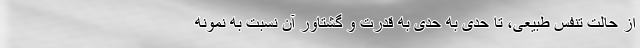
از حالت تنفس طبیعی، تا حدی به حدی به قدرت و گشتاور آن نسبت به نمونه